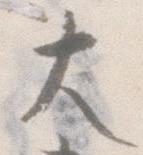
大